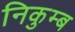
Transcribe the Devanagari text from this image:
निकुम्ब